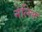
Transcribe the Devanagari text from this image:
नेल्लि